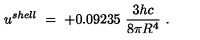
u ^ { s h e l l } \ = \ + 0 . 0 9 2 3 5 \ \frac { 3 h c } { 8 \pi R ^ { 4 } } \ .